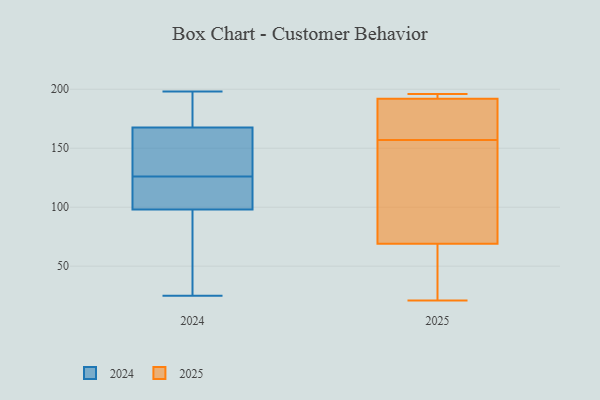
{"axis": {"x": "Latency (ms)", "y": "Value"}, "legend": ["2024", "2025"], "data": [{"x": "", "y": 197, "type": "2024"}, {"x": "", "y": 71, "type": "2024"}, {"x": "", "y": 25, "type": "2024"}, {"x": "", "y": 126, "type": "2024"}, {"x": "", "y": 123, "type": "2024"}, {"x": "", "y": 164, "type": "2024"}, {"x": "", "y": 107, "type": "2024"}, {"x": "", "y": 64, "type": "2024"}, {"x": "", "y": 198, "type": "2024"}, {"x": "", "y": 153, "type": "2024"}, {"x": "", "y": 116, "type": "2024"}, {"x": "", "y": 157, "type": "2024"}, {"x": "", "y": 178, "type": "2024"}, {"x": "", "y": 131, "type": "2025"}, {"x": "", "y": 69, "type": "2025"}, {"x": "", "y": 60, "type": "2025"}, {"x": "", "y": 21, "type": "2025"}, {"x": "", "y": 192, "type": "2025"}, {"x": "", "y": 196, "type": "2025"}, {"x": "", "y": 193, "type": "2025"}, {"x": "", "y": 171, "type": "2025"}, {"x": "", "y": 145, "type": "2025"}, {"x": "", "y": 169, "type": "2025"}]}